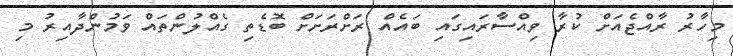
މިހާރު ރާއްޖެއަށް ކުރާ ވިއްސާރައިގައި ބައެއް ރަށްރަށަށް ބޮޑެތި ގެއްލުންތައް ވަމުންދާއިރު މި